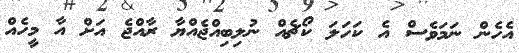
އެހެން ނަމަވެސް އެ ކަހަލަ ކޯޗެއް ނުލިބިއްޖެއްޔާ ރާއްޖެ އަށް އާ މީހެއް